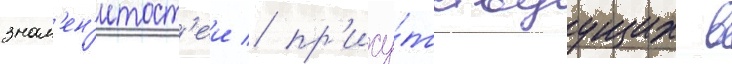
знам'ен'итост'еи / пр'ису́тствуущих в